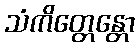
သံကိတ္တေန္တော